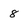
Character: 8